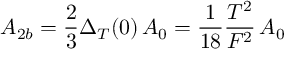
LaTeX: A _ { 2 b } = \frac { 2 } { 3 } \Delta _ { T } ( 0 ) \, A _ { 0 } = \frac { 1 } { 1 8 } \frac { T ^ { 2 } } { F ^ { 2 } } \, A _ { 0 }